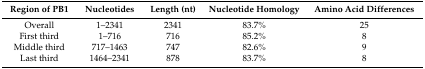
| Region of PB1 | Nucleotides | Length (nt) | Nucleotide Homology | Amino Acid Differences |
 | --- | --- | --- | --- | --- |
 | Overall | 1–2341 | 2341 | 83.7% | 25 |
 | First third | 1–716 | 716 | 85.2% | 8 |
 | Middle third | 717–1463 | 747 | 82.6% | 9 |
 | Last third | 1464–2341 | 878 | 83.7% | 8 |